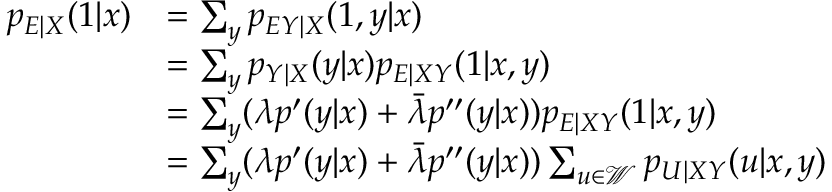
\begin{array} { r l } { p _ { E | X } ( 1 | x ) } & { = \sum _ { y } p _ { E Y | X } ( 1 , y | x ) } \\ & { = \sum _ { y } p _ { Y | X } ( y | x ) p _ { E | X Y } ( 1 | x , y ) } \\ & { = \sum _ { y } ( \lambda p ^ { \prime } ( y | x ) + \bar { \lambda } p ^ { \prime \prime } ( y | x ) ) p _ { E | X Y } ( 1 | x , y ) } \\ & { = \sum _ { y } ( \lambda p ^ { \prime } ( y | x ) + \bar { \lambda } p ^ { \prime \prime } ( y | x ) ) \sum _ { u \in \mathcal { W } } p _ { U | X Y } ( u | x , y ) } \end{array}